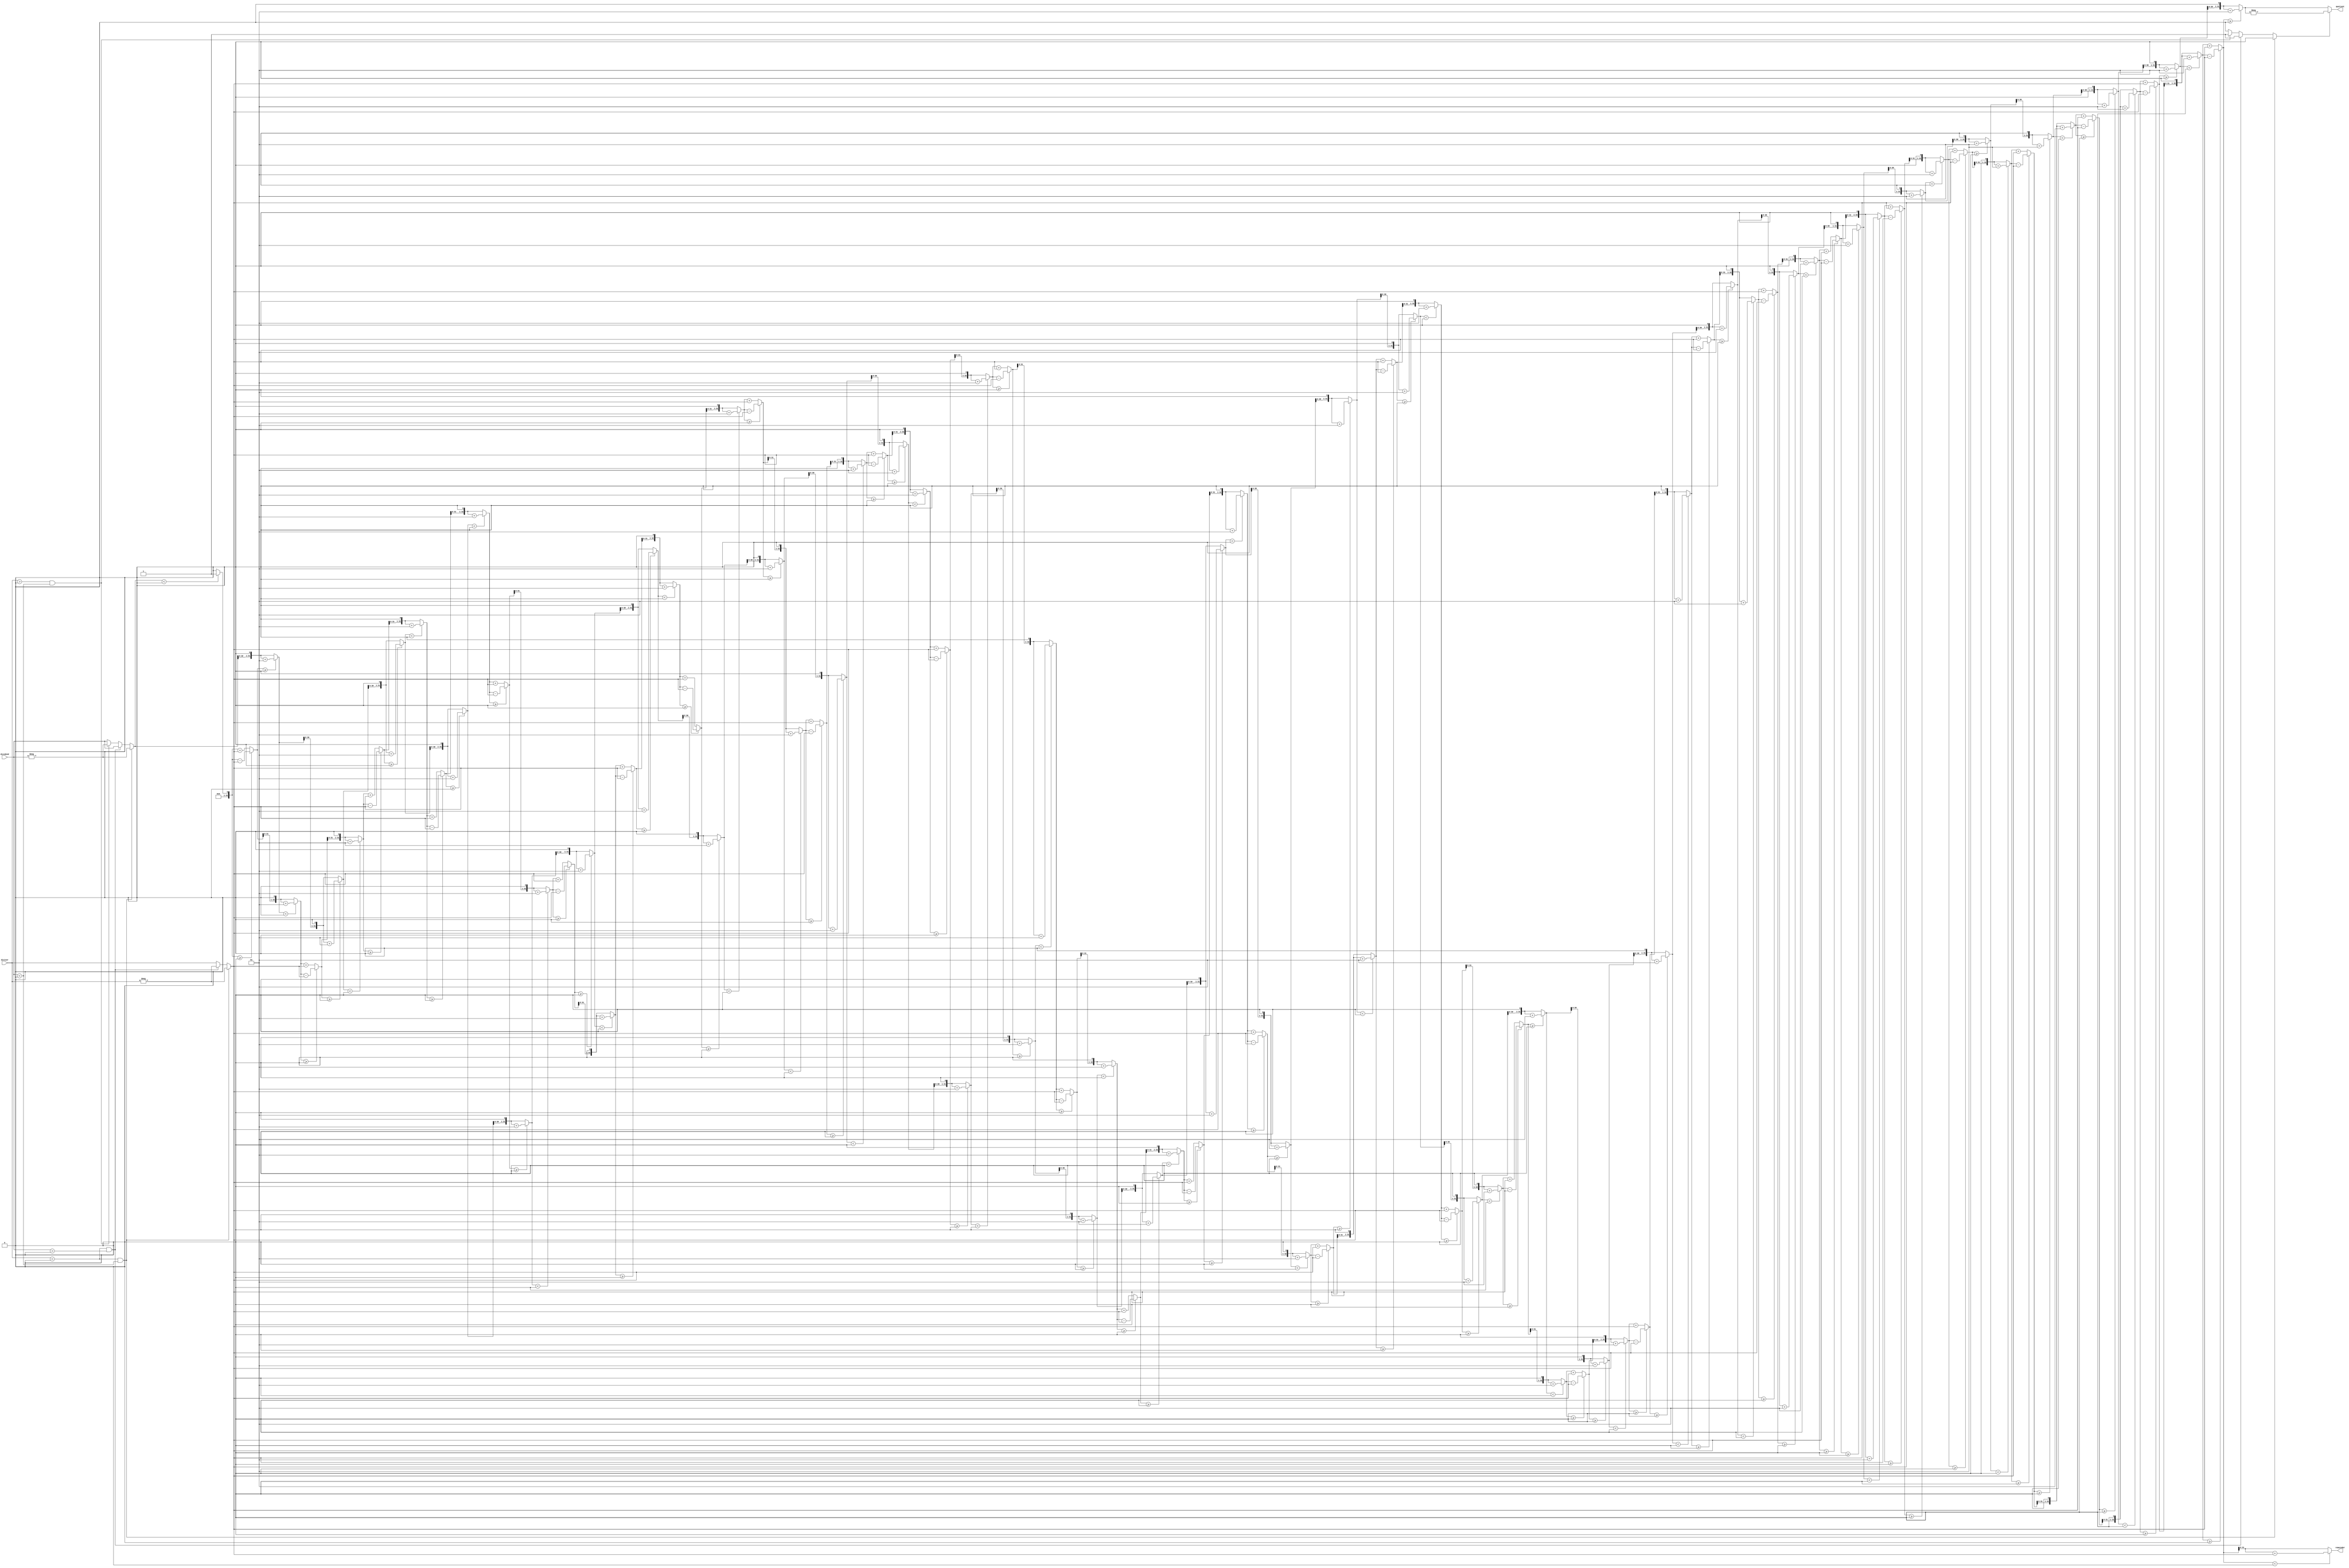
module division(dividend, divisor, quotient, remainder);
input [31:0] dividend, divisor;
output [31:0] quotient;
output [31:0] remainder;

  reg signed [31:0] divisor_reg;
  reg signed [31:0] quotient_reg;
  reg signed [32:0] remainder_reg;
  reg neg;
  integer i;

  always @(*) begin
  
    divisor_reg = divisor;
    quotient_reg = dividend;
    remainder_reg = 32'b0;
	 neg = 0;
	 
	 if(divisor_reg < 0 && quotient_reg < 0) begin
	 divisor_reg = -divisor_reg;
	 quotient_reg = -quotient_reg;
	 end
	 else if(divisor_reg < 0 && quotient_reg > 0) begin
	 divisor_reg = -divisor_reg;
	 neg = 1;
	 end
	 else if(divisor_reg > 0 && quotient_reg < 0) begin
	 quotient_reg = -quotient_reg;
	 neg = 1;
	 end
	 
    for (i = 31; i >= 0; i = i - 1) begin
	 
		if(quotient_reg < 0) begin
		quotient_reg = quotient_reg << 1;
		remainder_reg = remainder_reg << 1;
		remainder_reg = remainder_reg + 1;
		end
		else begin
		quotient_reg = quotient_reg << 1;
		remainder_reg = remainder_reg << 1;
		end
		
		if(remainder_reg >= 0) remainder_reg = remainder_reg - divisor_reg;
		else remainder_reg = remainder_reg + divisor_reg;
		//$display("%b Less than zero, %d", quotient_reg, i);
		//$display("%d rem", remainder_reg, i);
		if(remainder_reg >= 0) begin quotient_reg = quotient_reg + 1;
		//$display("QR %b %d", quotient_reg, i);
		end
  end
  if(remainder_reg < 0) remainder_reg = remainder_reg + divisor_reg;
  if(neg) quotient_reg = -quotient_reg;
  
  end


	assign quotient = quotient_reg;
   assign remainder = remainder_reg;
endmodule